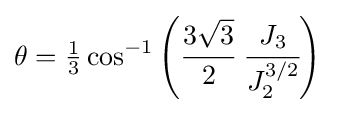
\theta ={\tfrac {1}{3}}\cos ^{-1}\left({\cfrac {3{\sqrt {3}}}{2}}~{\cfrac {J_{3}}{J_{2}^{3/2}}}\right)~